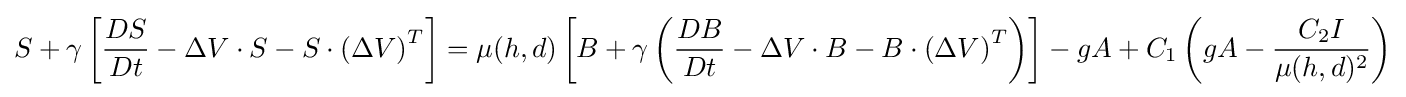
S+\gamma \left[{\frac {DS}{Dt}}-\Delta V\cdot S-S\cdot {(\Delta V)}^{T}\right]=\mu (h,d)\left[B+\gamma \left({\frac {DB}{Dt}}-\Delta V\cdot B-B\cdot {(\Delta V)}^{T}\right)\right]-gA+C_{1}\left(gA-{\frac {C_{2}I}{\mu (h,d)^{2}}}\right)